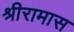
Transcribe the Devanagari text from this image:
श्रीरामास